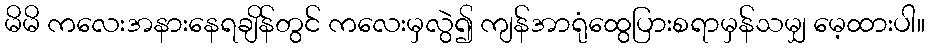
မိမိ ကလေးအနားနေရချိန်တွင် ကလေးမှလွဲ၍ ကျန်အာရုံထွေပြားစရာမှန်သမျှ မေ့ထားပါ။